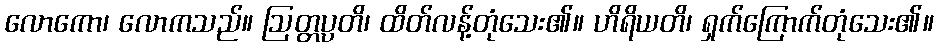
လောကော၊ လောကသည်။ ဩတ္တပ္ပတိ၊ ထိတ်လန့်တုံသေး၏။ ဟိရိယတိ၊ ရှက်ကြောက်တုံသေး၏။